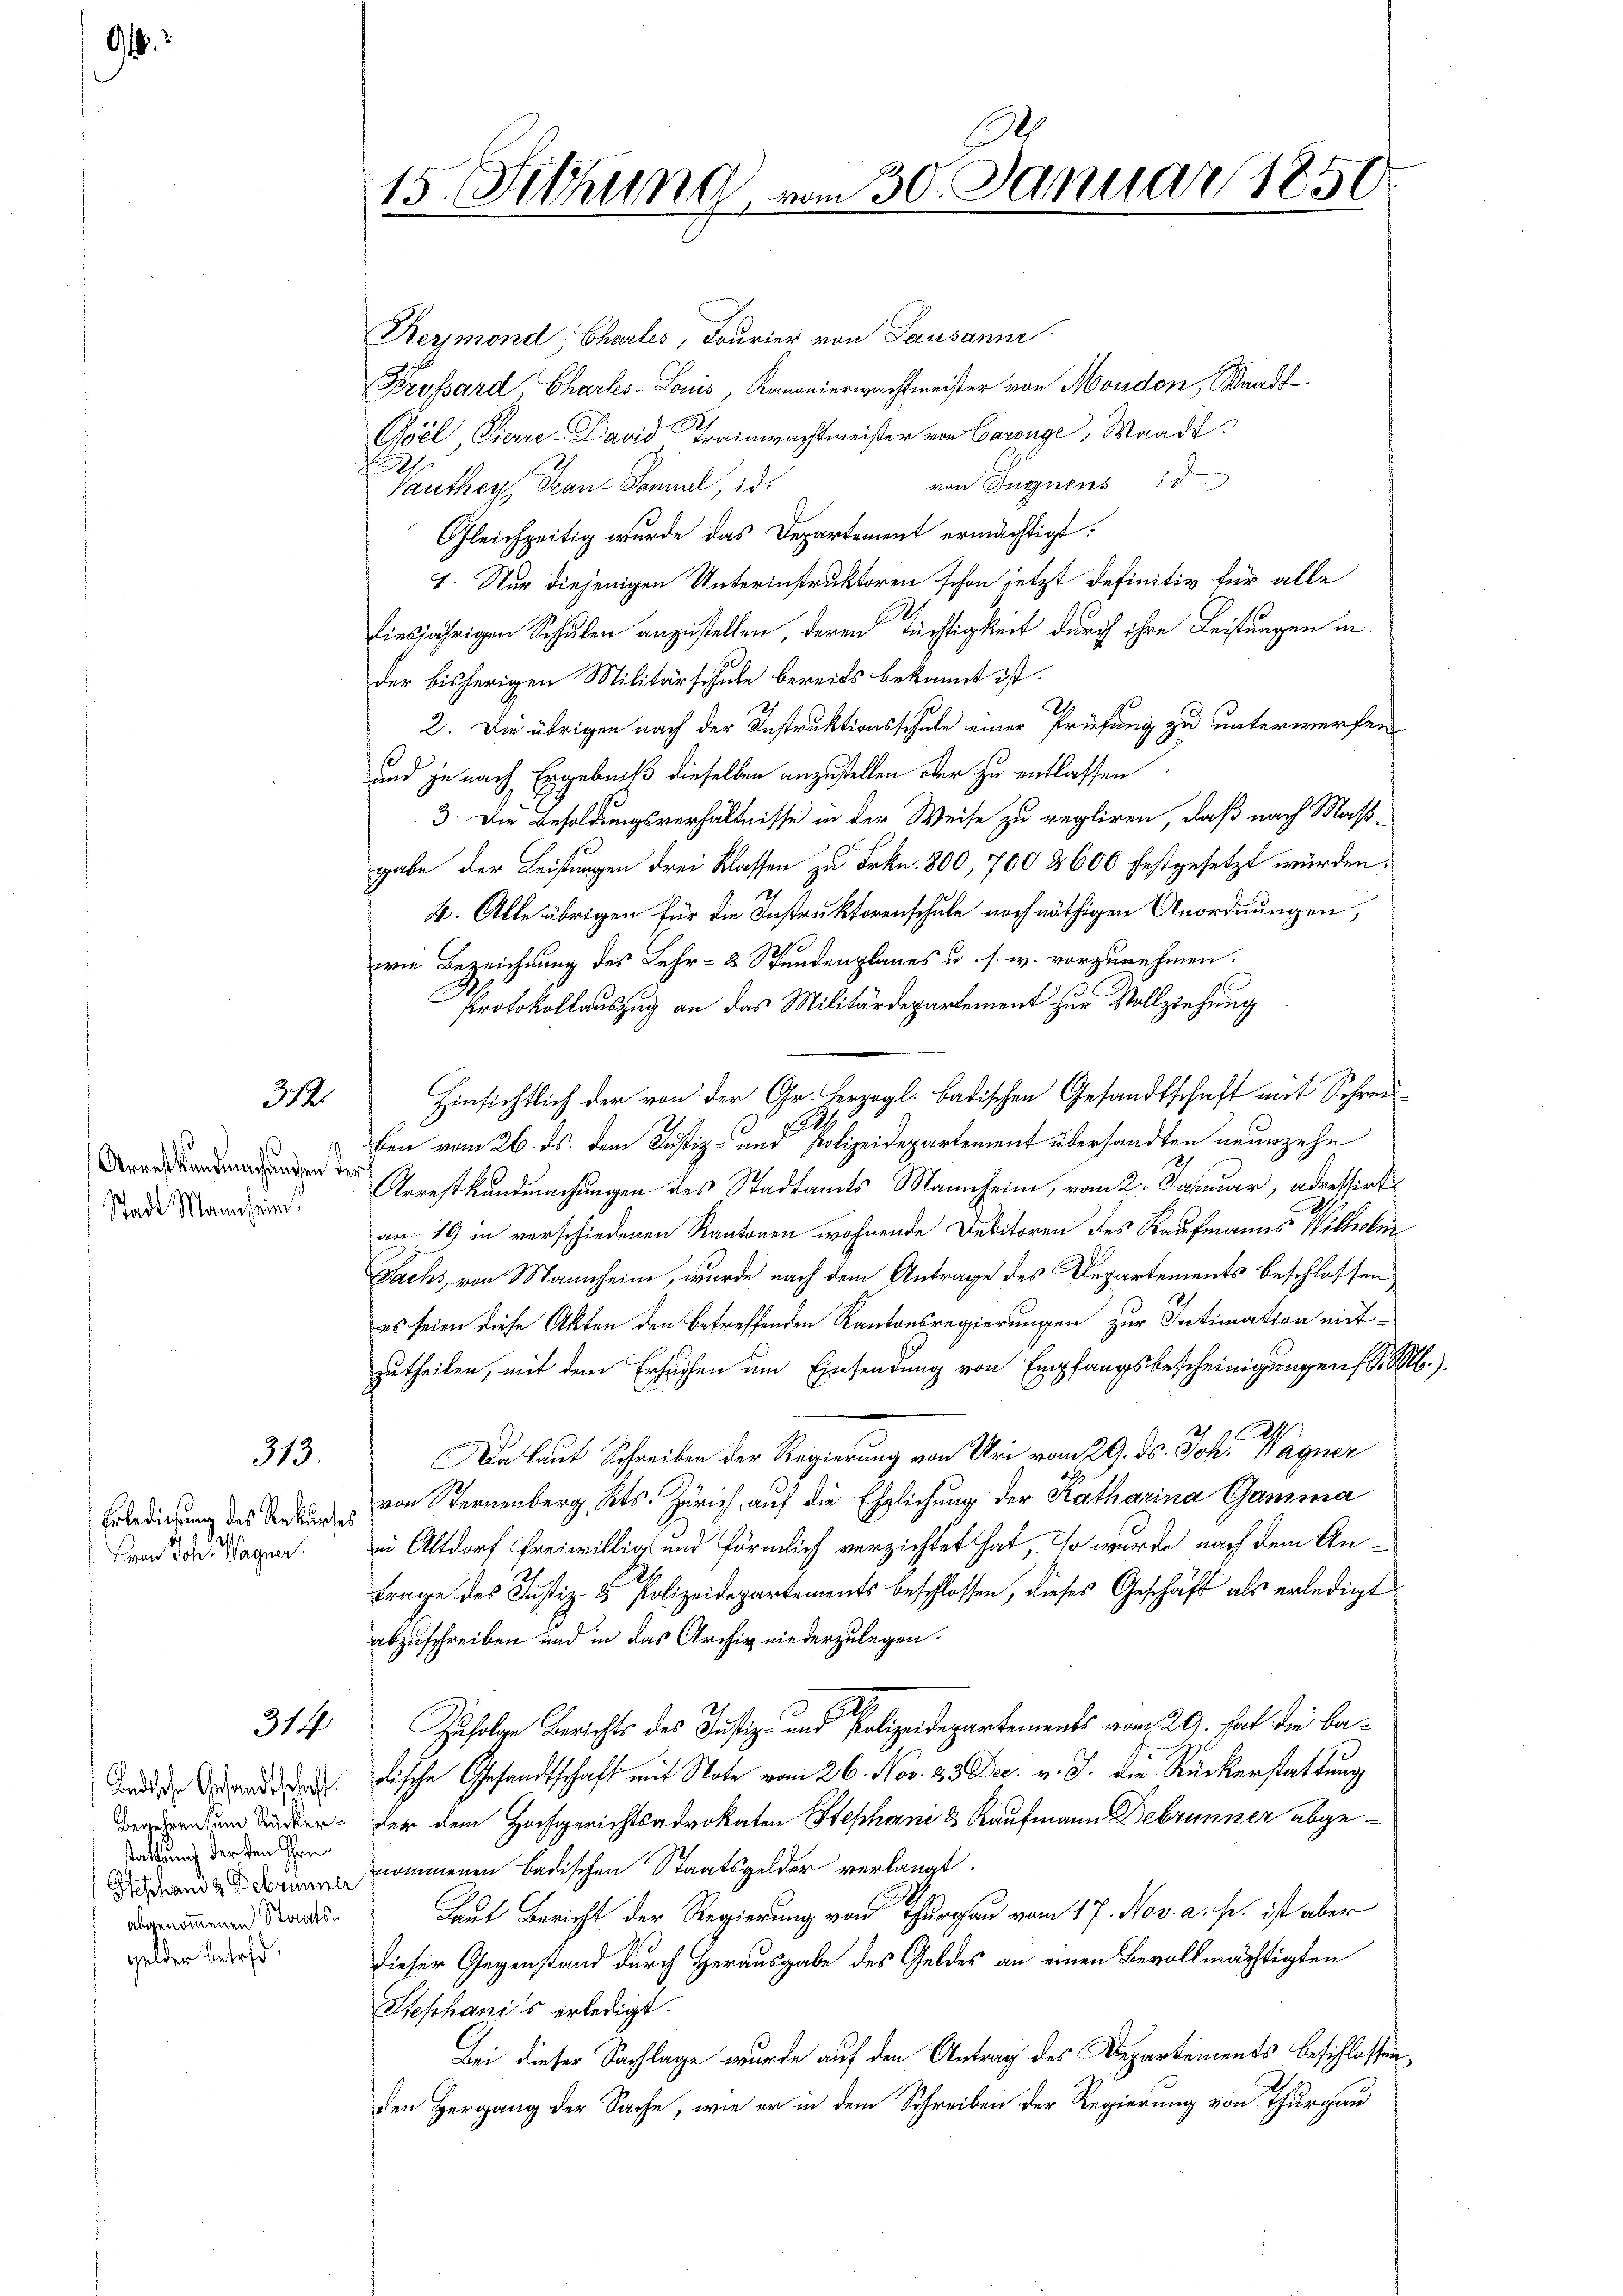
9

1
Arrestkundmachungen der
Stadt Mannheim.

Gelder betreff

312.

313.

Erledigung des Rekurses
Don Joh. Wagner.

314.

Ladische Gesandtschaft.
Begehren um Rücker-
stattung der den Ihre¬
Schhand & Debrunner
abgenommenen Staats¬

1
15. Sitzung vom 30. Januar 1856

Kermond Chartes, Fourier von Lausanne
Prossard Chartes - Louis, Kanonierwachtmeister von Moudon, Waadt
Goel Pierre-David Trainachtmeister von Carenge, Waadt
von Segnens d
Tauthey Pean-Sammel, id
Gleichzeitig wurde das Departement ermächtigt.
4. Nur diejenigen Unterinstruktoren schon jetzt definitiv für alle
diesjährigen Schulen anzustellen, deren Tüchtigkeit durch ihre Leistungen in
der bisherigen Militärschule bereits bekannt ist.
2. Die übrigen nach der Instruktionsschule einer Prüfung zu unterwerfen
.
und je nach Ergebniß dieselben anzustellen oder zu entlassen
3. Die Besoldungsverhältnisse in der Weise zu regliren, daß nach Maßgabe der Leistungen drei Klassen zu Frkn. 800, 700 & 600 festgesetzt würden:
2. Alle übrigen für die Instruktorenschule noch nöthigen Anordnungen,
wie Bezeichnung des Lehr- 8 Stundenplanes u. s. w. vorzunehmen.
Protokollauszug an das Militärdepartement zur Vollziehung
Einsichtlich der von der Gr. herzogl. badischen Gesandtschaft mit Schrei-
200
ben vom 26. ds. dem Justiz- und Polizeidepartement übersandten neunzehn
Arrestkundmachungen des Stadtamts Mannheim, vom 2. Januar, adressirt
an 19 in verschiedenen Kantonen wohnende Debitoren des Kaufmanns Wilhelm
Sachs, von Mannheim, wurde nach dem Antrage des Departements beschlossen
es seien diese Akten den betreffenden Kantonsregierungen zur Intimation mitzutheilen, mit dem Ersuchen um Einsendung von Empfangsbescheinigungen d. M.
Ass
Da laut Schreiben der Regierung von Uri vom 29. ds. Joh. Wagner
von Sternenberg, Kts. Zürich, auf die Ehelichung der Katharina Gamina
in Altdorf freiwillig und förmlich verzichtet hat, so wurde nach dem An¬
Frage des Justiz- & Polizeidepartements beschlossen, dieses Geschäft als erledigt
abzuschreiben und in das Archiv niederzulegen.
Zufolge Berichts des Justiz- und Polizeidepartements vom 29. Hat die Badische Gesandtschaft mit Note vom 26. Nov. 23 Dec. v. J. die Ruckerstattung
der dem Hochgerichtsadrokaten Stephani & Kaufmann Debrunner abgenommenen badischen Staatsgelder verlangt.
Laut Bericht der Regierung von Thurgau vom 17. Nov. a. p. ist aber
dieser Gegenstand durch Herausgabe des Geldes an einen Bevollmächtigten
Stephanis erledigt.
Bei dieser Sachlage wurde auf den Antrag des Departements beschlossen.
den Hergang der Sache, wie er in dem Schreiben der Regierung von Thurgau